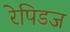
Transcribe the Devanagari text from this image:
रेपिडज